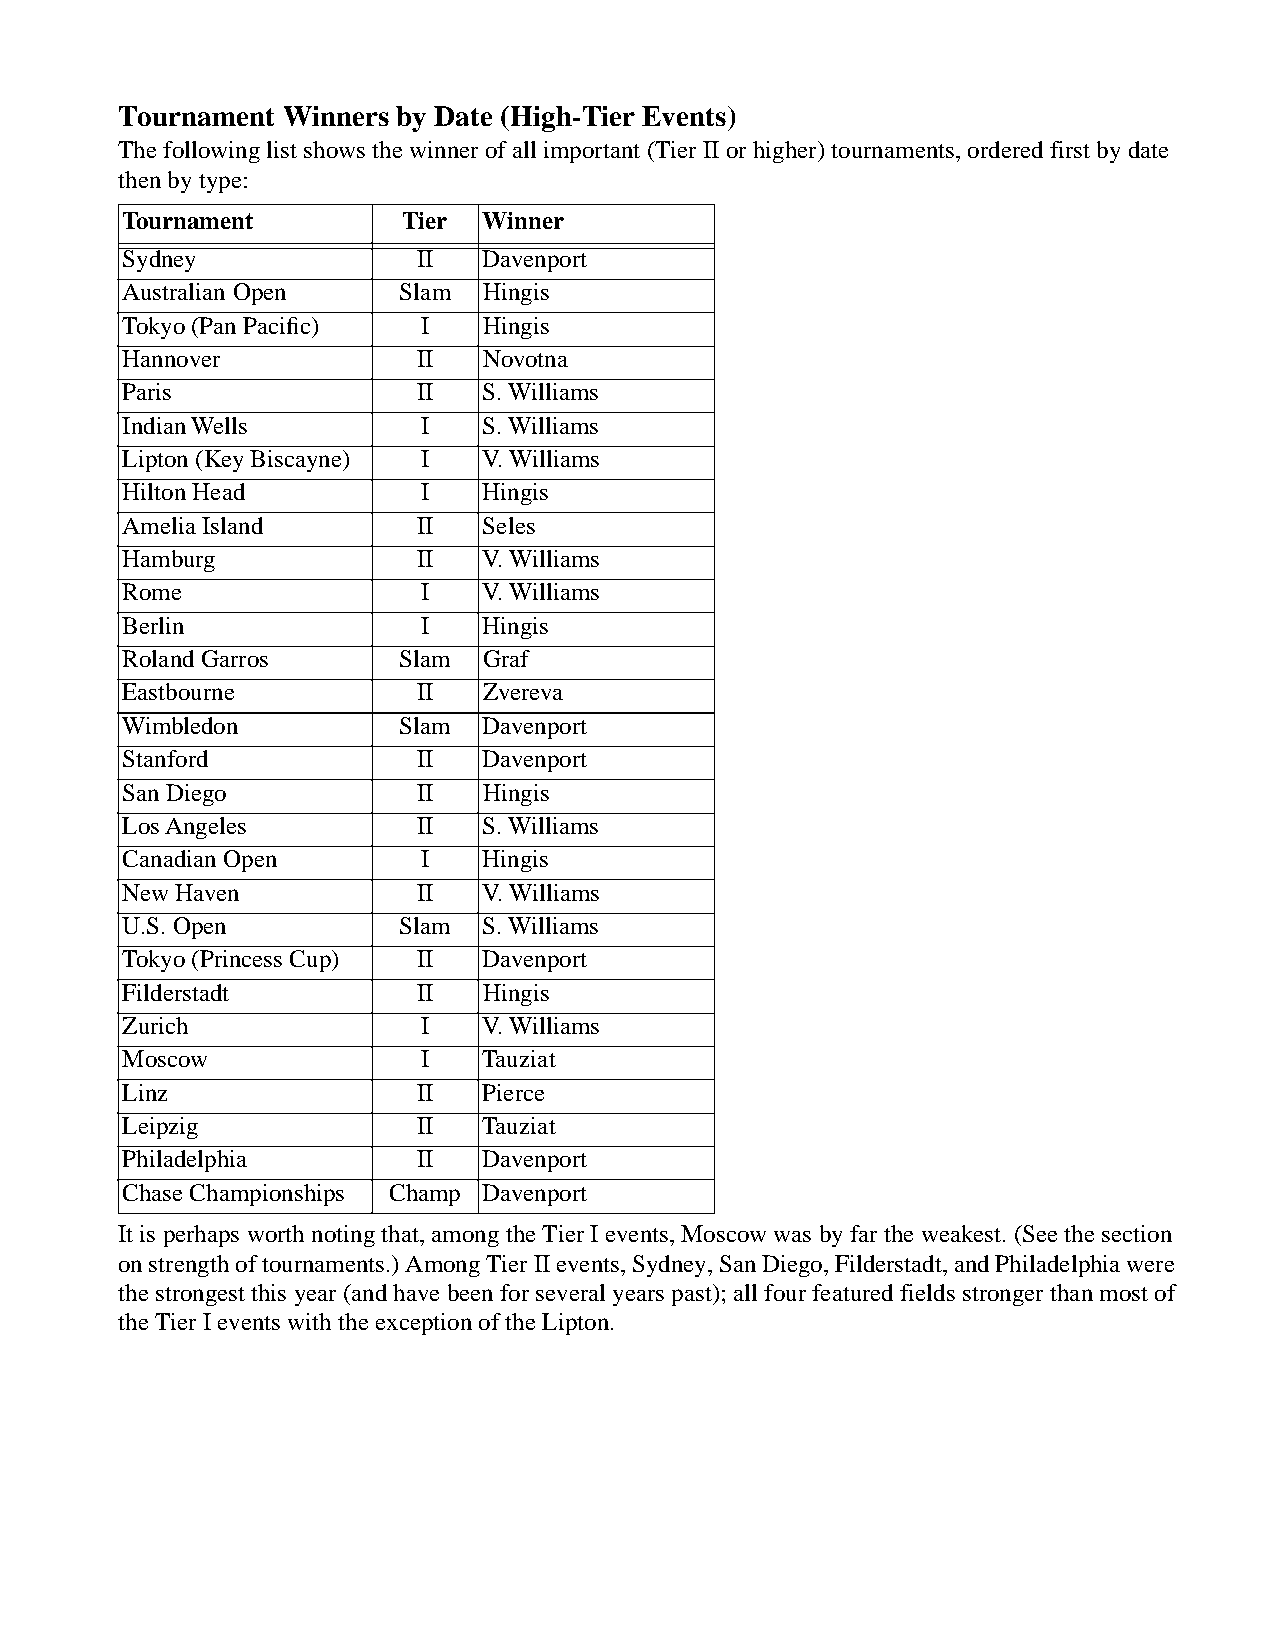
Tournament Winners by Date (High-Tier Events)
 The following list shows the winner of all important (Tier II or higher) tournaments, ordered first by date
 then by type:
 Tournament        Tier Winner
 Sydney             II  Davenport
 Australian Open   Slam Hingis
 Tokyo (Pan Pacific) I  Hingis
 Hannover           II  Novotna
 Paris              II  S. Williams
 Indian Wells       I   S. Williams
 Lipton (Key Biscayne) I V. Williams
 Hilton Head        I   Hingis
 Amelia Island      II  Seles
 Hamburg            II  V. Williams
 Rome               I   V. Williams
 Berlin             I   Hingis
 Roland Garros     Slam Graf
 Eastbourne         II  Zvereva
 Wimbledon         Slam Davenport
 Stanford           II  Davenport
 San Diego          II  Hingis
 Los Angeles        II  S. Williams
 Canadian Open      I   Hingis
 New Haven          II  V. Williams
 U.S. Open         Slam S. Williams
 Tokyo (Princess Cup) II Davenport
 Filderstadt        II  Hingis
 Zurich             I   V. Williams
 Moscow             I   Tauziat
 Linz               II  Pierce
 Leipzig            II  Tauziat
 Philadelphia       II  Davenport
 Chase Championships Champ Davenport
 It is perhaps worth noting that, among the Tier I events, Moscow was by far the weakest. (See the section
 on strength of tournaments.) Among Tier II events, Sydney, San Diego, Filderstadt, and Philadelphia were
 the strongest this year (and have been for several years past); all four featured fields stronger than most of
 the Tier I events with the exception of the Lipton.